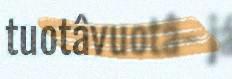
tuotâvuotâ- já